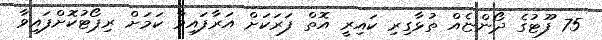
75 ފޫޓުގެ ދޯންޏެއް ތުޅާގިރި ކައިރީ އޮތް ފަރަކަށް އަރާފައިވާ ކަމަށް ރިޕޯޓުކޮށްފައިވާ